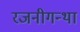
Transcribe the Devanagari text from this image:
रजनीगन्था